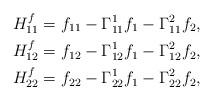
LaTeX: \begin{align*}H^f_{11} & = f_{11} - \Gamma^1_{11}f_1-\Gamma_{11}^2f_2, \\H^f_{12} & = f_{12}-\Gamma_{12}^1f_1-\Gamma_{12}^2f_2, \\H^f_{22} & = f_{22}-\Gamma_{22}^1f_1-\Gamma_{22}^2f_2, \end{align*}